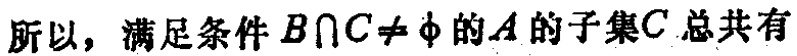
所以，满足条件\(B\cap C\neq \varnothing\)的\(A\)的子集\(C\)总共有